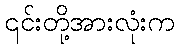
၎င်းတို့အားလုံးက